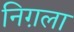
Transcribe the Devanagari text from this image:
निग़ला